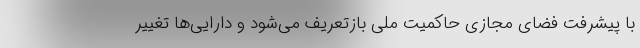
با پیشرفت فضای مجازی حاکمیت ملی بازتعریف می‌شود و دارایی‌ها تغییر